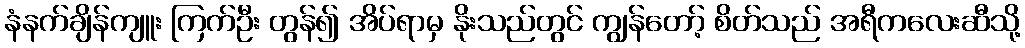
နံနက်ချိန်ကျူး ကြက်ဦး တွန်၍ အိပ်ရာမှ နိုးသည်တွင် ကျွန်တော့် စိတ်သည် အရီကလေးဆီသို့